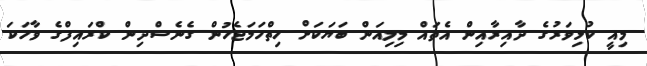
މިއީ ކުޅިވަރުގެ ދާއިރާއިން އެތައް މިލިއަން ބަޔަކަށް ހިތްހަމަޖެހުން ގެނެސްދިން ކްރައިފްގެ ވާހަކަ